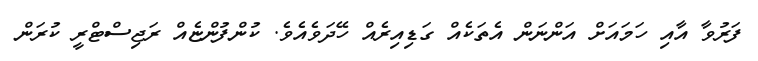
ފަރުވާ އާއި ހަމައަށް އަންނަން އެތަކެއް ގަޑިއިރެއް ހޭދަވެއެވެ. ކުންފުންޏެއް ރަޖިސްޓްރީ ކުރަން